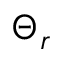
\Theta _ { r }